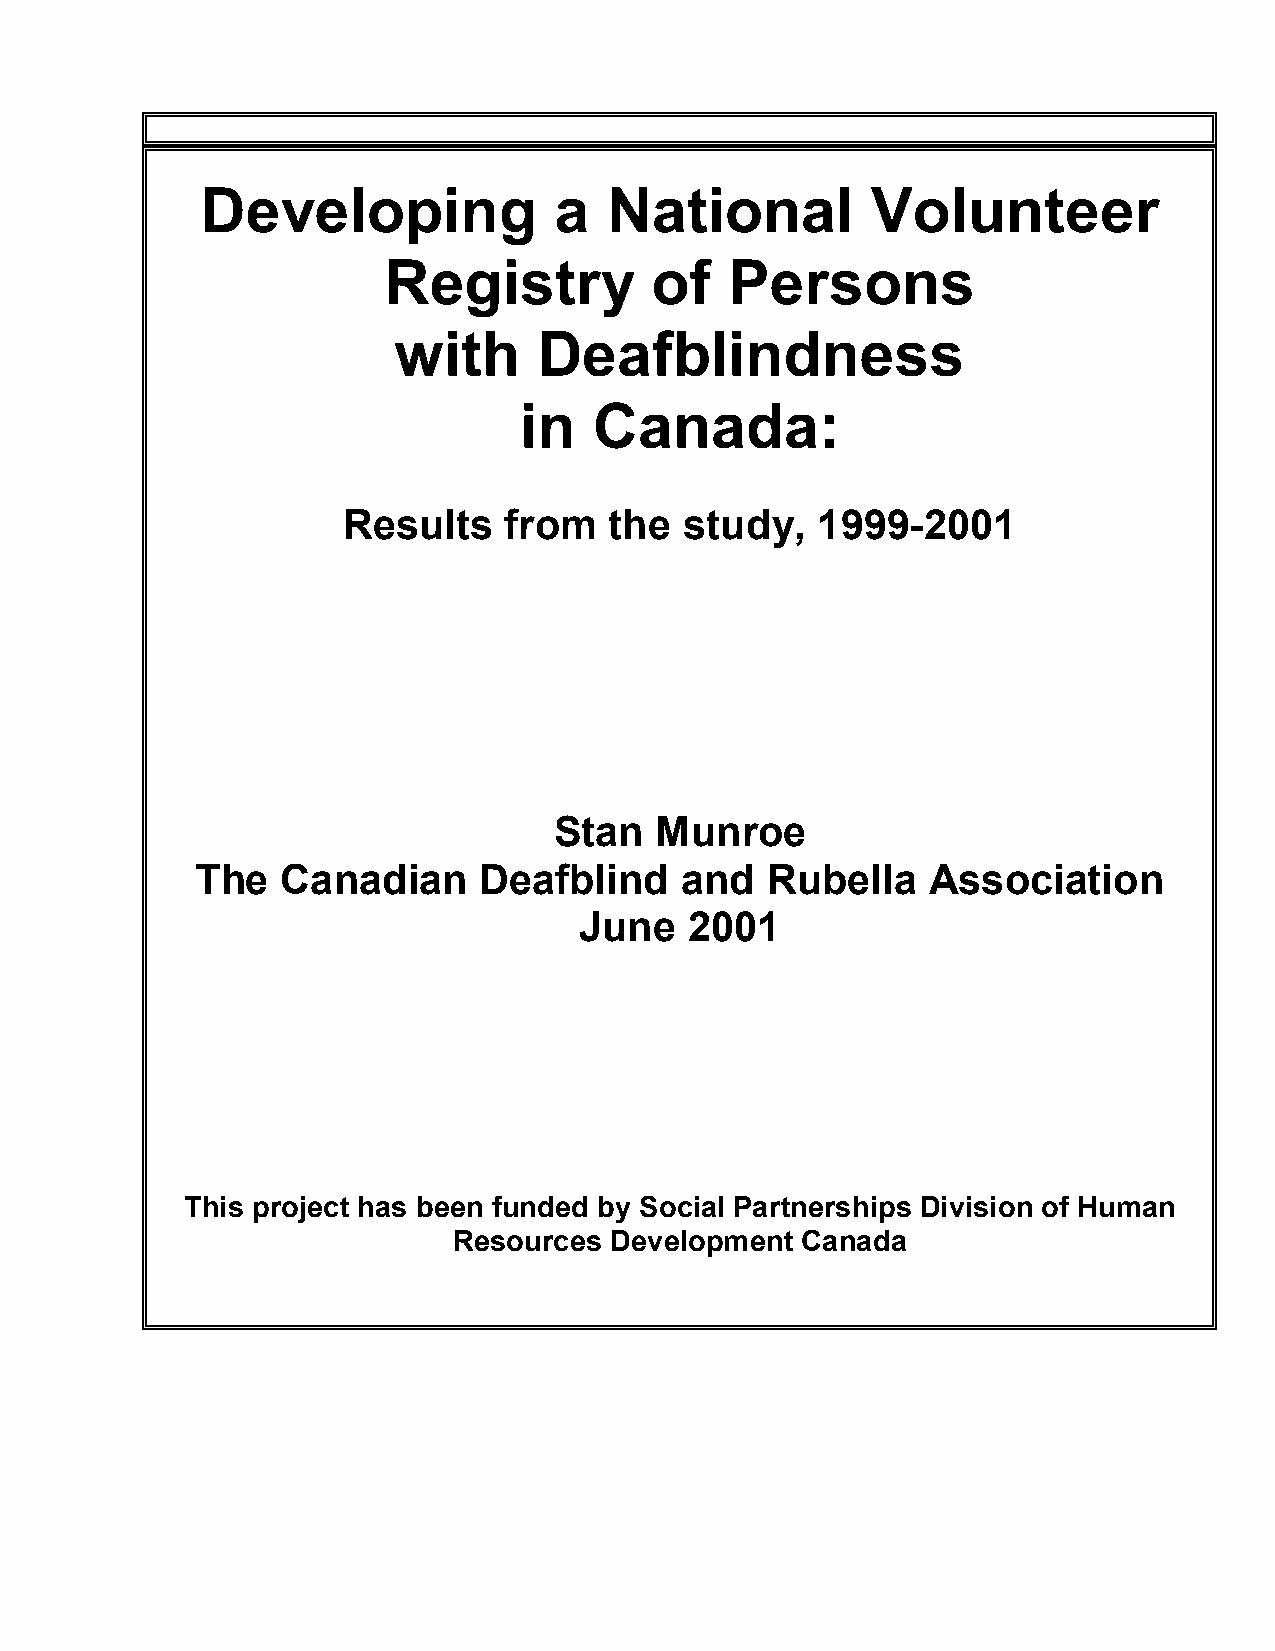
Developing              a  National          Volunteer
 Registry          of   Persons
 with      Deafblindness
 in   Canada:
 Results   from   the  study,   1999­2001
 Stan  Munroe
 The   Canadian     Deafblind    and   Rubella    Association
 June    2001
 This project has been funded by Social Partnerships Division of Human
 Resources Development  Canada